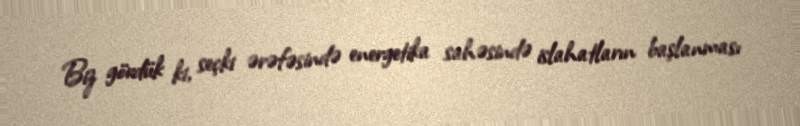
Biz gördük ki, seçki ərəfəsində energetika sahəsində islahatların başlanması